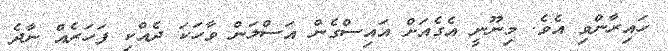
ހައިރާންވި އެވެ. މިނޫނީ އެގެއަށް އައިސްގެން އަސްލަން ވާހަކަ ދެއްކި ފަހަރެއް ނާދެ